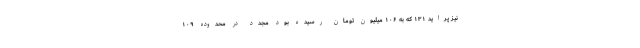
نیز پراید ۱۳۱ که به ۱۰۶ میلیون تومان رسیده بود مجدد در محدوده ۱۰۹